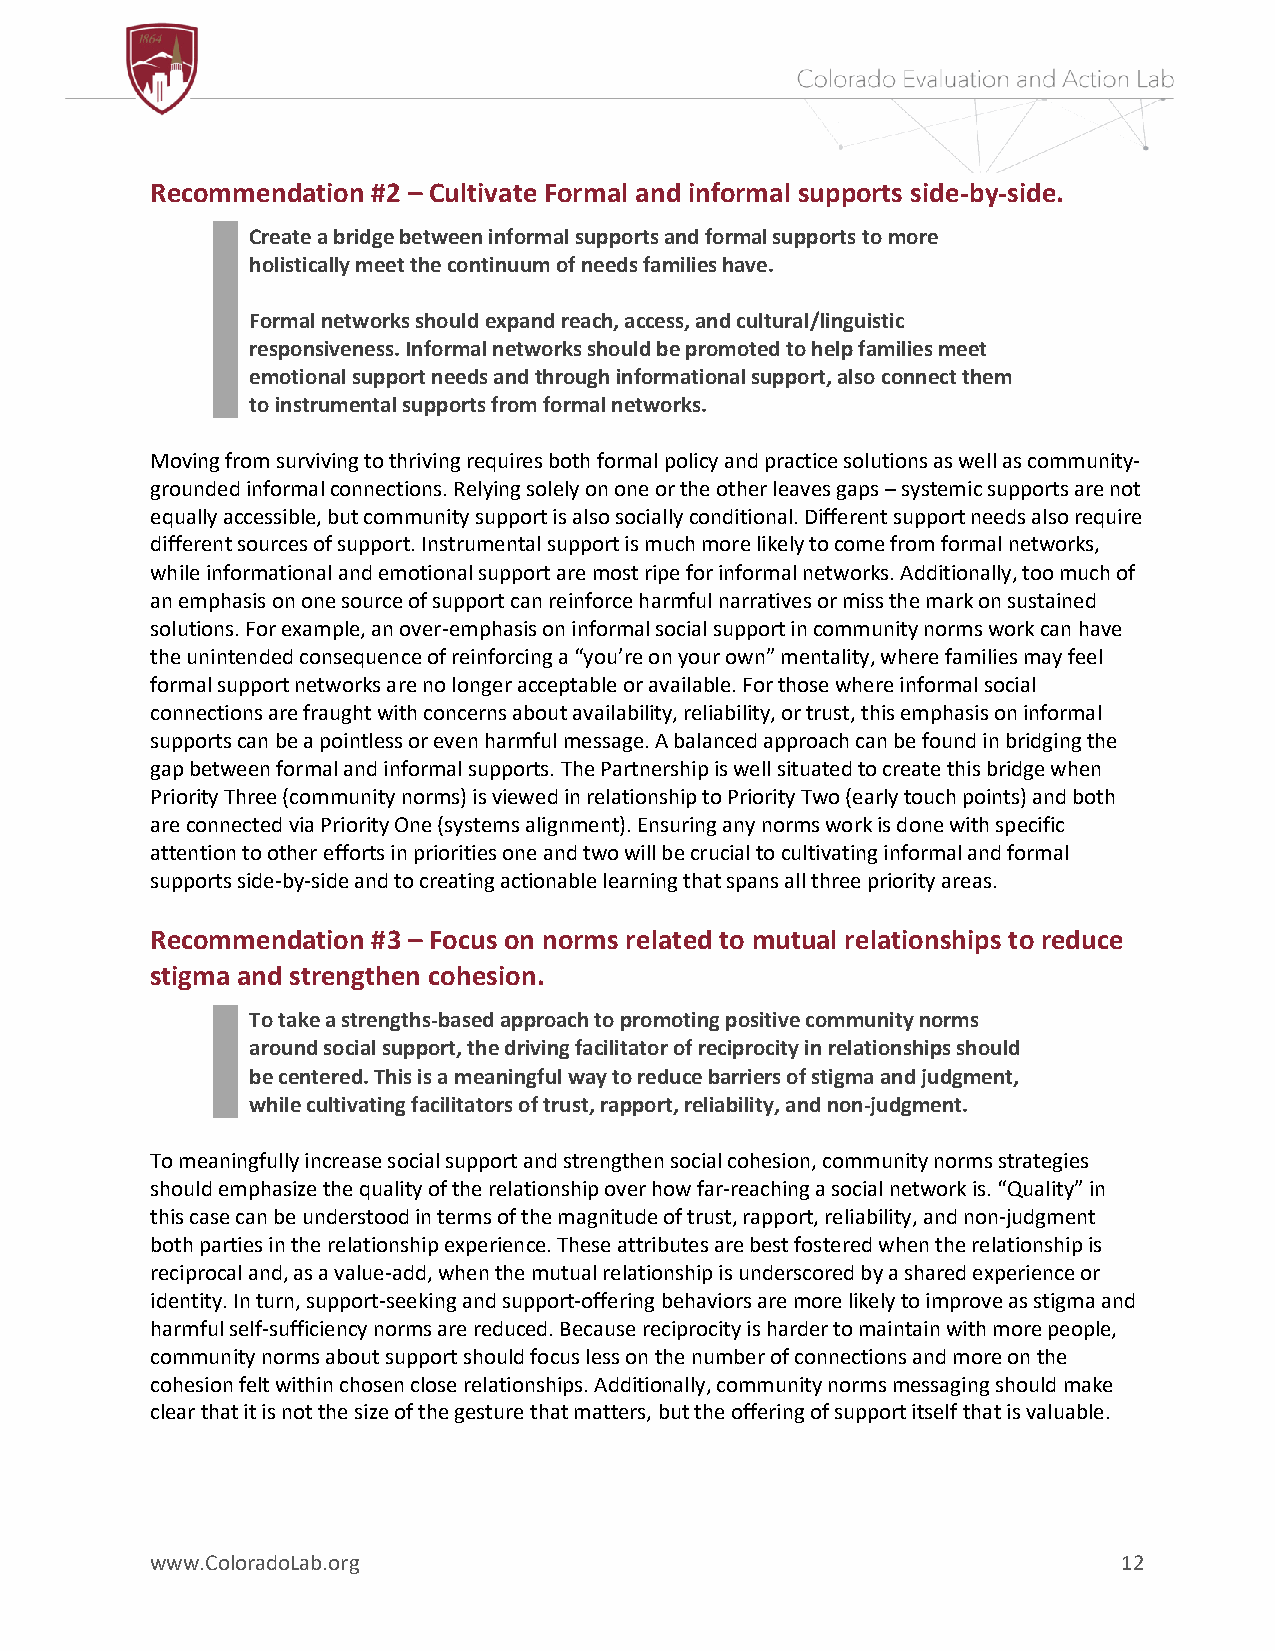
Recommendation #2 – Cultivate Formal and informal supports side-by-side.
 Create a bridge between informal supports and formal supports to more
 holistically meet the continuum of needs families have.
 Formal networks should expand reach, access, and cultural/linguistic
 responsiveness. Informal networks should be promoted to help families meet
 emotional support needs and through informational support, also connect them
 to instrumental supports from formal networks.
 Moving from surviving to thriving requires both formal policy and practice solutions as well as community-
 grounded informal connections. Relying solely on one or the other leaves gaps – systemic supports are not
 equally accessible, but community support is also socially conditional. Different support needs also require
 different sources of support. Instrumental support is much more likely to come from formal networks,
 while informational and emotional support are most ripe for informal networks. Additionally, too much of
 an emphasis on one source of support can reinforce harmful narratives or miss the mark on sustained
 solutions. For example, an over-emphasis on informal social support in community norms work can have
 the unintended consequence of reinforcing a “you’re on your own” mentality, where families may feel
 formal support networks are no longer acceptable or available. For those where informal social
 connections are fraught with concerns about availability, reliability, or trust, this emphasis on informal
 supports can be a pointless or even harmful message. A balanced approach can be found in bridging the
 gap between formal and informal supports. The Partnership is well situated to create this bridge when
 Priority Three (community norms) is viewed in relationship to Priority Two (early touch points) and both
 are connected via Priority One (systems alignment). Ensuring any norms work is done with specific
 attention to other efforts in priorities one and two will be crucial to cultivating informal and formal
 supports side-by-side and to creating actionable learning that spans all three priority areas.
 Recommendation #3 – Focus on norms related to mutual relationships to reduce
 stigma and strengthen cohesion.
 To take a strengths-based approach to promoting positive community norms
 around social support, the driving facilitator of reciprocity in relationships should
 be centered. This is a meaningful way to reduce barriers of stigma and judgment,
 while cultivating facilitators of trust, rapport, reliability, and non-judgment.
 To meaningfully increase social support and strengthen social cohesion, community norms strategies
 should emphasize the quality of the relationship over how far-reaching a social network is. “Quality” in
 this case can be understood in terms of the magnitude of trust, rapport, reliability, and non-judgment
 both parties in the relationship experience. These attributes are best fostered when the relationship is
 reciprocal and, as a value-add, when the mutual relationship is underscored by a shared experience or
 identity. In turn, support-seeking and support-offering behaviors are more likely to improve as stigma and
 harmful self-sufficiency norms are reduced. Because reciprocity is harder to maintain with more people,
 community norms about support should focus less on the number of connections and more on the
 cohesion felt within chosen close relationships. Additionally, community norms messaging should make
 clear that it is not the size of the gesture that matters, but the offering of support itself that is valuable.
 www.ColoradoLab.org                                             12